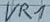
Text: VR1